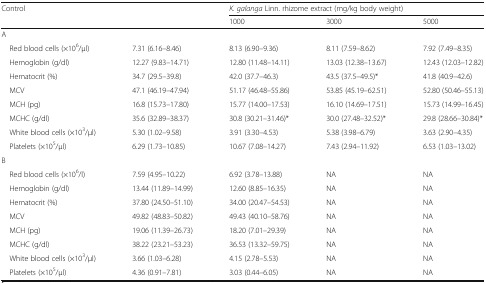
<table><thead><tr><td colspan="2" rowspan="2"><b>Control</b></td><td colspan="3"><b><i>K. galanga</i> Linn. rhizome extract (mg/kg body weight)</b></td></tr><tr><td><b>1000</b></td><td><b>3000</b></td><td><b>5000</b></td></tr></thead><tbody><tr><td colspan="5">A</td></tr><tr><td> Red blood cells (×10<sup>6</sup>/μl)</td><td>7.31 (6.16–8.46)</td><td>8.13 (6.90–9.36)</td><td>8.11 (7.59–8.62)</td><td>7.92 (7.49–8.35)</td></tr><tr><td> Hemoglobin (g/dl)</td><td>12.27 (9.83–14.71)</td><td>12.80 (11.48–14.11)</td><td>13.03 (12.38–13.67)</td><td>12.43 (12.03–12.82)</td></tr><tr><td> Hematocrit (%)</td><td>34.7 (29.5–39.8)</td><td>42.0 (37.7–46.3)</td><td>43.5 (37.5–49.5)*</td><td>41.8 (40.9–42.6)</td></tr><tr><td> MCV</td><td>47.1 (46.19–47.94)</td><td>51.17 (46.48–55.86)</td><td>53.85 (45.19–62.51)</td><td>52.80 (50.46–55.13)</td></tr><tr><td> MCH (pg)</td><td>16.8 (15.73–17.80)</td><td>15.77 (14.00–17.53)</td><td>16.10 (14.69–17.51)</td><td>15.73 (14.99–16.45)</td></tr><tr><td> MCHC (g/dl)</td><td>35.6 (32.89–38.37)</td><td>30.8 (30.21–31.46)*</td><td>30.0 (27.48–32.52)*</td><td>29.8 (28.66–30.84)*</td></tr><tr><td> White blood cells (×10<sup>3</sup>/μl)</td><td>5.30 (1.02–9.58)</td><td>3.91 (3.30–4.53)</td><td>5.38 (3.98–6.79)</td><td>3.63 (2.90–4.35)</td></tr><tr><td> Platelets (×10<sup>5</sup>/μl)</td><td>6.29 (1.73–10.85)</td><td>10.67 (7.08–14.27)</td><td>7.43 (2.94–11.92)</td><td>6.53 (1.03–13.02)</td></tr><tr><td colspan="5">B</td></tr><tr><td> Red blood cells (×10<sup>6</sup>/l)</td><td>7.59 (4.95–10.22)</td><td>6.92 (3.78–13.88)</td><td>NA</td><td>NA</td></tr><tr><td> Hemoglobin (g/dl)</td><td>13.44 (11.89–14.99)</td><td>12.60 (8.85–16.35)</td><td>NA</td><td>NA</td></tr><tr><td> Hematocrit (%)</td><td>37.80 (24.50–51.10)</td><td>34.00 (20.47–54.53)</td><td>NA</td><td>NA</td></tr><tr><td> MCV</td><td>49.82 (48.83–50.82)</td><td>49.43 (40.10–58.76)</td><td>NA</td><td>NA</td></tr><tr><td> MCH (pg)</td><td>19.06 (11.39–26.73)</td><td>18.20 (7.01–29.39)</td><td>NA</td><td>NA</td></tr><tr><td> MCHC (g/dl)</td><td>38.22 (23.21–53.23)</td><td>36.53 (13.32–59.75)</td><td>NA</td><td>NA</td></tr><tr><td> White blood cells (×10<sup>3</sup>/μl)</td><td>3.66 (1.03–6.28)</td><td>4.15 (2.78–5.53)</td><td>NA</td><td>NA</td></tr><tr><td> Platelets (×10<sup>5</sup>/μl)</td><td>4.36 (0.91–7.81)</td><td>3.03 (0.44–6.05)</td><td>NA</td><td>NA</td></tr></tbody></table>